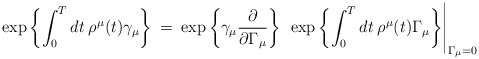
\begin{align*}\exp \left \{\int_0^T dt \> \rho^{\mu}(t)\gamma_{\mu} \right \} \> = \> \exp \left \{ \gamma_{\mu}\frac{\partial}{\partial \Gamma_{\mu}}\right \}\> \> \exp \left \{\int_0^Tdt \> \rho^{\mu}(t)\Gamma_{\mu} \right \}\Biggr|_{\Gamma_{\mu} = 0} \end{align*}